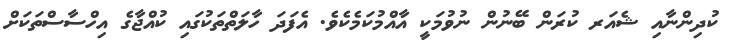
ކުދިންނާއި ޝެއަރ ކުރަން ބޭނުން ނުވުމަކީ އާއްމުކަމެކެވެ. އެފަދަ ހާލަތްތަކުގައި ކުއްޖާގެ އިހްސާސްތަކަށް